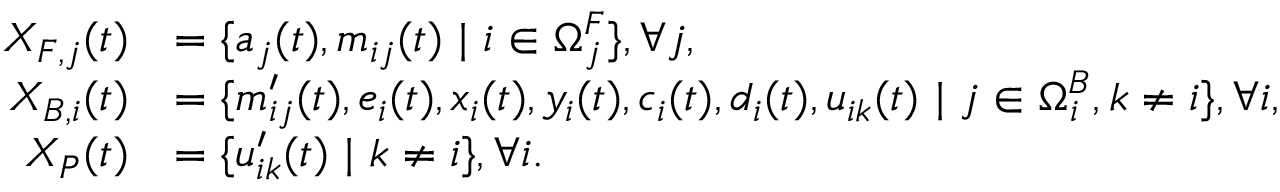
\begin{array} { r l } { X _ { F , j } ( t ) } & { = \{ a _ { j } ( t ) , m _ { i j } ( t ) ~ | ~ i \in \Omega _ { j } ^ { F } \} , \forall j , } \\ { X _ { B , i } ( t ) } & { = \{ m _ { i j } ^ { \prime } ( t ) , e _ { i } ( t ) , x _ { i } ( t ) , y _ { i } ( t ) , c _ { i } ( t ) , d _ { i } ( t ) , u _ { i k } ( t ) ~ | ~ j \in \Omega _ { i } ^ { B } , k \ne i \} , \forall i , } \\ { X _ { P } ( t ) } & { = \{ u _ { i k } ^ { \prime } ( t ) ~ | ~ k \ne i \} , \forall i . } \end{array}